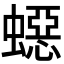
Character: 𧑕